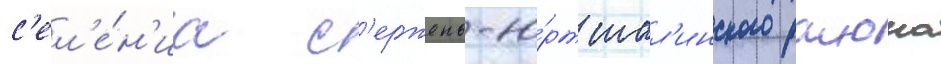
с'ел'е́н'иа с'ержень-ю́рт шал'инского раиона